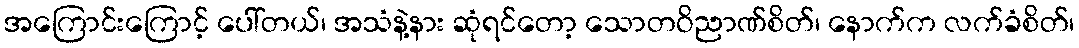
အကြောင်းကြောင့် ပေါ်တယ်၊ အသံနဲ့နား ဆုံရင်တော့ သောတဝိညာဏ်စိတ်၊ နောက်က လက်ခံစိတ်၊